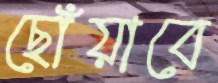
ছোঁয়াবে